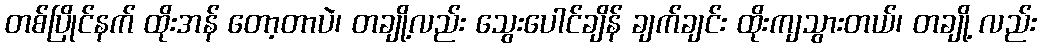
တစ်ပြိုင်နက် ထိုးအန် တော့တာပဲ၊ တချို့လည်း သွေးပေါင်ချိန် ချက်ချင်း ထိုးကျသွားတယ်၊ တချို့ လည်း